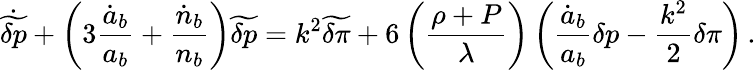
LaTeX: \dot{\widetilde{\delta p}}+\left(3{\frac{\dot{a}_{b}}{a_{b}}}+{\frac{\dot{n}_{b}}{n_{b}}}\right)\widetilde{\delta p}=k^{2}\widetilde{\delta\pi}+6\left({\frac{\rho+P}{\lambda}}\right)\left({\frac{\dot{a}_{b}}{a_{b}}}\delta p-{\frac{k^{2}}{2}}\delta\pi\right)\, .